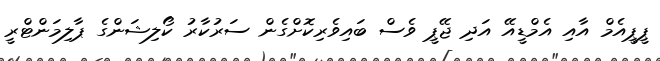
ޕީޕީއެމް އާއި އެމްޑީއޭ އަދި ޖޭޕީ ވެސް ބައިވެރިކޮށްގެން ސަރުކާރު ކޯލިޝަންގެ ޕާލިމަންޓްރީ